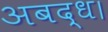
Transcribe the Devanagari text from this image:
अबद्ध।